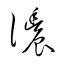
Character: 濃